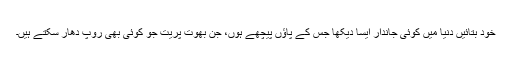
خود بتائیں دنیا میں کوئی جاندار ایسا دیکھا جس کے پاؤں پیچھے ہوں، جن بھوت پریت جو کوئی بھی روپ دھار سکتے ہیں۔